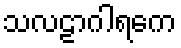
သလဠာဂါရကေ